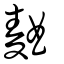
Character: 麯